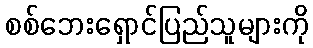
စစ်ဘေးရှောင်ပြည်သူများကို